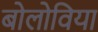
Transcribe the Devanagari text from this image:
बोलोविया